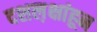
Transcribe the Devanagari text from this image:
दशल़क्षांहून